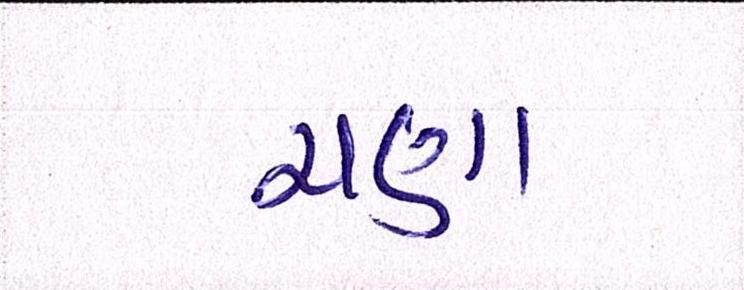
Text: ચણા